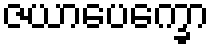
ဇယာပေက္ခော